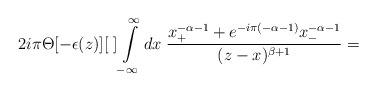
\begin{align*}2i\pi\Theta[-\epsilon(z)][\;]\int\limits_{-\infty}^{\infty}dx\;\frac {x_+^{-\alpha-1}+e^{-i\pi(-\alpha-1)}x_-^{-\alpha-1}}{(z-x)^{\beta+1}}=\end{align*}